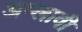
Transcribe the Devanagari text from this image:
अप्लावी